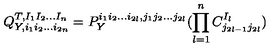
Q _ { Y , i _ { 1 } i _ { 2 } . . . i _ { 2 n } } ^ { T , I _ { 1 } I _ { 2 } . . . I _ { n } } = P _ { Y } ^ { i _ { 1 } i _ { 2 } . . . i _ { 2 l } , j _ { 1 } j _ { 2 } . . . j _ { 2 l } } ( \prod _ { l = 1 } ^ { n } C _ { j _ { 2 l - 1 } j _ { 2 l } } ^ { I _ { l } } )